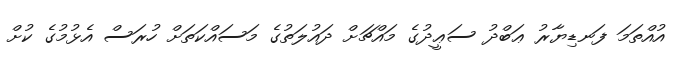
އުއްތަމަ ފަނޑިޔާރު ޢަބްދު ސަޢީދުގެ މައްޗަށް ދައުލަތުގެ މަސައްކަތަށް ހުރަސް އެޅުމުގެ ކުށް